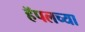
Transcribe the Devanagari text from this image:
हॅपलच्या